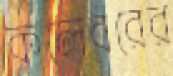
কলেবরের